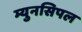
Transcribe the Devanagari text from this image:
म्युनसिपल